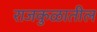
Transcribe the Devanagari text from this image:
राजकुळातील